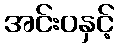
အင်းဝနှင့်